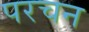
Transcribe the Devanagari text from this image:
परचन